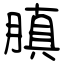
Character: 䐜